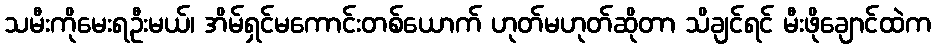
သမီးကိုမေးရဦးမယ်၊ အိမ်ရှင်မကောင်းတစ်ယောက် ဟုတ်မဟုတ်ဆိုတာ သိချင်ရင် မီးဖိုချောင်ထဲက